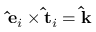
\mathbf { \hat { e } } _ { i } \times \mathbf { \hat { t } } _ { i } = \mathbf { \hat { k } }